Cholera in India, 1862 to 1881
Year: 1862
Disease focus: Cholera
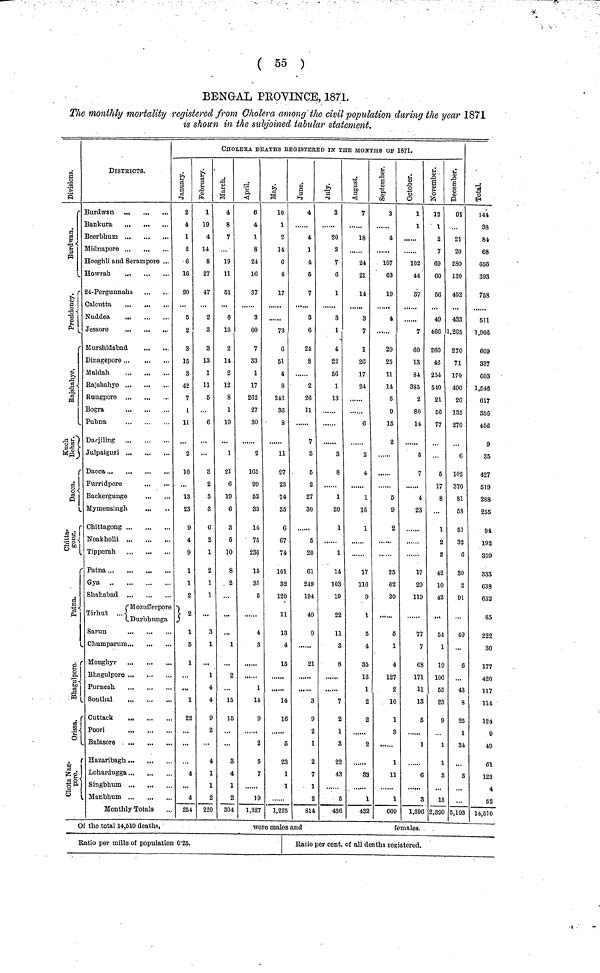
( 55 )
BENGAL PROVINCE, 1871.
The monthly mortality registered from Cholera among the civil population during the year 1871
is shoun in the subjoined tabular statement.
Divisions.
Burdwan.
Presidency.
Rajshahye.
Kuch Behar.
Dacca.
Chittagong.
Patna.
Bhagulpore.
Orissa.
Chota Nagpore.
DlSTEICTB.
Burdwan
Bankura
Beerbhum
Midnapore ...
...
Hooghli and Serampore ...
Howrah
24-Pergunnahs
Calcutta
Nuddea
Jessore
Murshidabad
Dinagepore
Maldah
Rajshahye
Rungpore
Bogra
Pubna
Darjiling
Julpaiguri ...
Dacca
Furridpore
Backergunge
Mymensingh
Chittagong
Noakholli
Tipperah
Patna
Gya
Shahabad
( Mozufferpore
Tirhut
Durbhunga
S
arun
Chumparum
Monghyr
Bhagulpore
Sonthal
Cuttack
Poori
Balasore
Hazaribagh
Lohardugga
Singbhum
Manbhum
Monthly Totals
CHOLERA DEATHS REGISTERED IN THE MONTHS OF 1871.
January.
2
4
1
2
6
16
20
5
2
3
15
3
42
7
1
11
2
10
...
13
23
9
4
9
1
•
2
1 2
1
2
254
February.
1
19
4
14
8
27
47
2
3
8
13
1
11
5
6
3
2
8
3
6
2
1
2
1
1
3
1
1
4
4
9
2
4
1
1
2
220
March.
4
8
7
19
11
51
6
16
2
14
2
12
8
1
19
1
21
6
19
6
3
3
5
10
8
4
...
1
1
30
April.
6
4
1
8
24
16
37
3
60
7
33
1
17
262
27
30
2
165
99
52
83
14
75
236
15
81
6
1
19
1,82
May.
10
1
2
14
6
4
17
73
51
4
8
242
86
8
11
97
23
74
35
6
67
74
101
82
120
11
13
'.
15
14
1
2
1,22
1
4
4
1
4
5
7
3
6
24
8
2
26
11
7
8
5
2
27
30
5
20
61
249
104
49
9
21
3
9
2
1
2
7
1
2
814
July.
3
20
2
7
6
1
3
1
4
22
56
1
13
3
8
1
20
1
1
14
103
19
22
11
3
8
1
2
4
4S
August.
1
18
24
21
14
3
1
1
26
17
24
6
2
4
1
15
1
17
116
9
1
5
4
35
13
1
2
2
2
83
1
432
September.
3
4
107
63
19
4
29
25
11
14
5
9
15
2
5
9
2
25
62
30
5
1
4
127
2
10
1
8
1
11
1
609
October.
1
1
......
102
44
37
......
7
60
13
84
385
2
80
14
5
7
4
23
1
2
11
7
6
17
1
13
5
1
6
8
1.396
November.
12
1
2
7
69
60
56
49
466
260
46
254
540
21
56
77
5
17
8
...
1
2
2
42
10
42
54
1
1
10
5
2
1
2,39
December.
91
21
20
280
120
452
433
1,265
270
71
170
490
26
135
270
6
102
370
81
58
61
32
6
30
i
9
40
4
2
84
5,10
Total.
144
38
84
68
656
393
758
511
1,906
669
337
603
1,548
617
356
456
9
35
427
519
288
255
94
192
359
333
638
632
85
222
30
177
420
117
114
124
9
49
61
123
4
52
14,510
Of the total 14,610 deaths,
were males and
females.
Ratio per mille of population 0·25.
Ratio per cent. of all deaths registered.